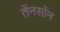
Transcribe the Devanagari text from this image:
तेंनसोंन